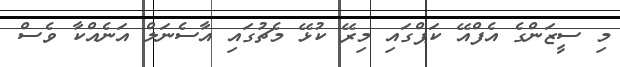
މި ސީޒަންގެ އެފްއޭ ކަޕްގައި މިރޭ ކުޅޭ މެޗުގައި އާސެނަލް އަނެއްކާ ވެސް